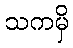
သကမှိ